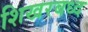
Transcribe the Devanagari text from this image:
शिखरबध्द